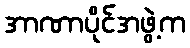
အာဏာပိုင်အဖွဲ့က